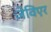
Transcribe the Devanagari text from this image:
ज़ेविएर